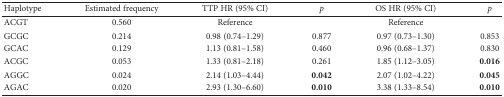
<table><thead><tr><td><b>Haplotype</b></td><td><b>Estimated frequency</b></td><td><b>TTP HR (95% CI)</b></td><td><b><i>p</i></b></td><td><b>OS HR (95% CI)</b></td><td><b><i>p</i></b></td></tr></thead><tbody><tr><td>ACGT</td><td>0.560</td><td>Reference</td><td></td><td>Reference</td><td></td></tr><tr><td>GCGC</td><td>0.214</td><td>0.98 (0.74–1.29)</td><td>0.877</td><td>0.97 (0.73–1.30)</td><td>0.853</td></tr><tr><td>GCAC</td><td>0.129</td><td>1.13 (0.81–1.58)</td><td>0.460</td><td>0.96 (0.68–1.37)</td><td>0.830</td></tr><tr><td>ACGC</td><td>0.053</td><td>1.33 (0.81–2.18)</td><td>0.261</td><td>1.85 (1.12–3.05)</td><td><b>0.016</b></td></tr><tr><td>AGGC</td><td>0.024</td><td>2.14 (1.03–4.44)</td><td><b>0.042</b></td><td>2.07 (1.02–4.22)</td><td><b>0.045</b></td></tr><tr><td>AGAC</td><td>0.020</td><td>2.93 (1.30–6.60)</td><td><b>0.010</b></td><td>3.38 (1.33–8.54)</td><td><b>0.010</b></td></tr></tbody></table>